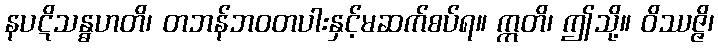
နပဋိသန္ဓဟတိ၊ တဘန်ဘဝတပါးနှင့်မဆက်စပ်ရ။ ဣတိ၊ ဤသို့။ ဝိဿဇ္ဇိ၊